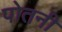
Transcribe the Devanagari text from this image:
पोतनी